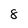
Character: 8